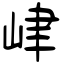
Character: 峍